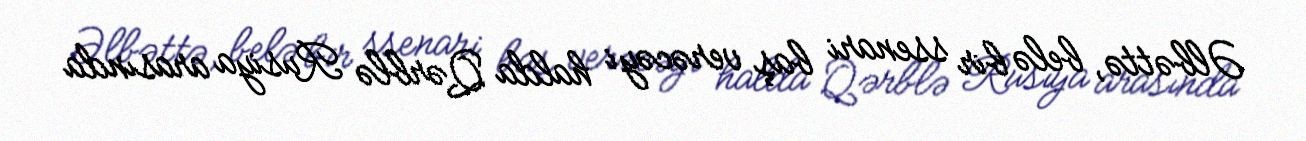
Əlbəttə, belə bir ssenari baş verəcəyi halda Qərblə Rusiya arasında